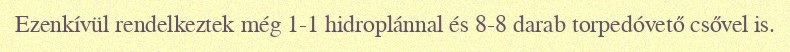
Ezenkívül rendelkeztek még 1-1 hidroplánnal és 8-8 darab torpedóvető csővel is.